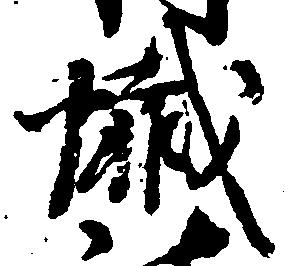
懺